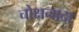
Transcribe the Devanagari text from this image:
चोक्षनादा